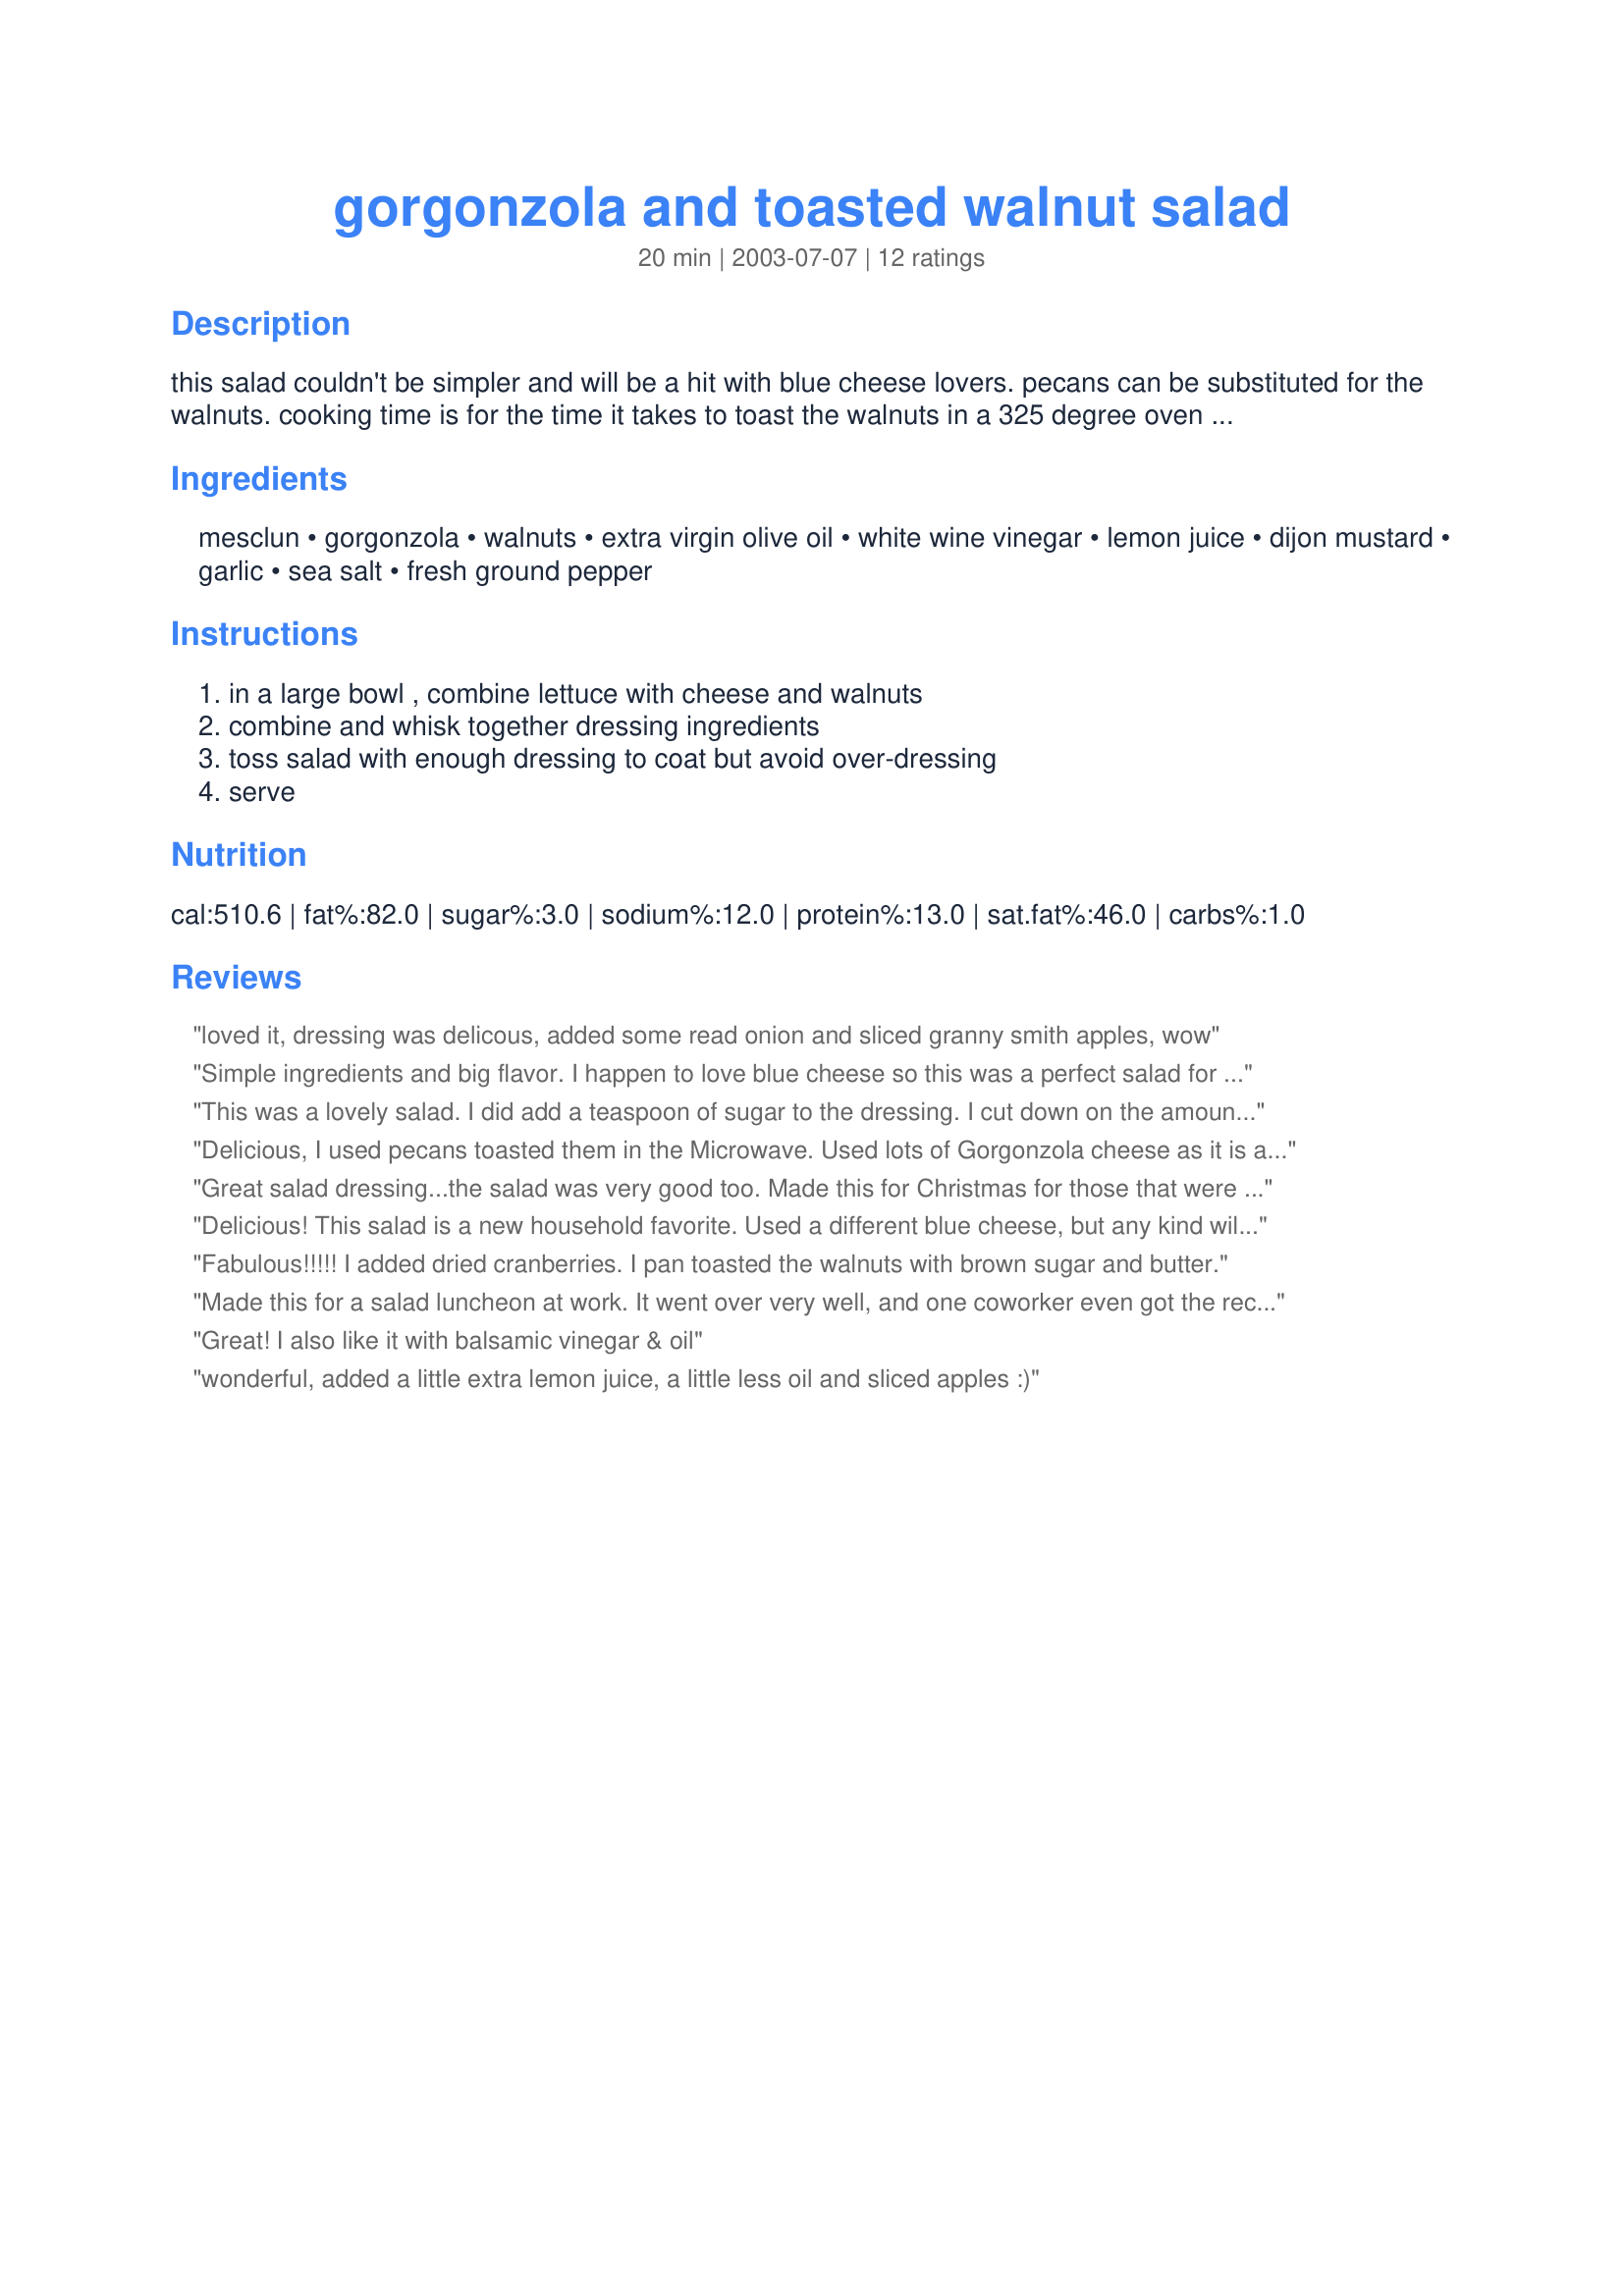
gorgonzola and toasted walnut salad
Preparation time: 20 minutes

this salad couldn't be simpler and will be a hit with blue cheese lovers. pecans can be substituted for the walnuts. cooking time is for the time it takes to toast the walnuts in a 325 degree oven for a few minutes.

Ingredients:
mesclun, gorgonzola, walnuts, extra virgin olive oil, white wine vinegar, lemon juice, dijon mustard, garlic, sea salt, fresh ground pepper

Steps:
in a large bowl , combine lettuce with cheese and walnuts, combine and whisk together dressing ingredients, toss salad with enough dressing to coat but avoid over-dressing, serve

Reviews:
loved it, dressing was delicous, added some read onion and sliced granny smith apples, wow
Simple ingredients and big flavor. I happen to love blue cheese so this was a perfect salad for me. I added a little sugar to the dressing just to balance the vinegar and lemon juice. I used mixed baby green for the salad base. Because of the simplicity of the salad, I think it would make a lovely first course to a fancy meal. Thanx!
This was a lovely salad. I did add a teaspoon of sugar to the dressing. I cut down on the amount of walnuts, but maybe I didn't have enough greens to balance a cup of walnuts.
Delicious, I used pecans toasted them in the Microwave. Used lots of Gorgonzola cheese as it is a favorite. This is so good will be trying it with cranberries a Rita did. Thank you Judy.
Great salad dressing...the salad was very good too. Made this for Christmas for those that were watching their waistlines and it was gone. We made extra dressing and used it for the duration of the week...we did half the EVOO. It was still flavorful. thanks Jude
Delicious! This salad is a new household favorite. Used a different blue cheese, but any kind will work with this salad. Dressing was a great complement. Will try cranberries to add color. Thanks!
Fabulous!!!!! I added dried cranberries.
I pan toasted the walnuts with brown sugar and butter.
Made this for a salad luncheon at work. It went over very well, and one coworker even got the recipe from me to make for some guests she was having that weekend. I LOVE the vinaigrette. I eat lots of salads, and I plan to keep a jar of it on hand at all times.
Great! I also like it with balsamic vinegar & oil
wonderful, added a little extra lemon juice, a little less oil and sliced apples :)
This was great. I didn't have WWV so I used red wine vinegar and added a little splenda. I plan to make it again with white wine. Thanks!
I made this for Mother's Day and it was a big hit! Used mixed baby greens with herbs, but all else was true to the recipe. I put the dressing ingredients in a lidded jar and shook it really good. Worked great and made it easy to store what little was left. We really enjoyed this great salad and Mom bragged about it to everyone she talked to about dinner. I will be making this again, and often. The recipe was easy to follow, simple and delicious! Thanks!
